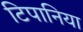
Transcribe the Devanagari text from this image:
टिपानिया